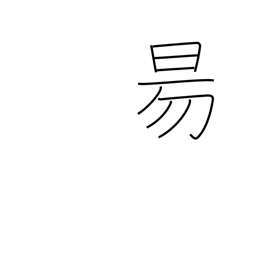
Meaning: sun